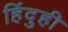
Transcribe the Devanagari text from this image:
हिंदुही